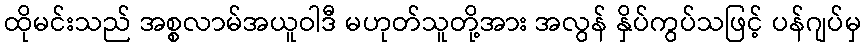
ထိုမင်းသည် အစ္စလာမ်အယူဝါဒီ မဟုတ်သူတို့အား အလွန် နှိပ်ကွပ်သဖြင့် ပန်ဂျပ်မှ